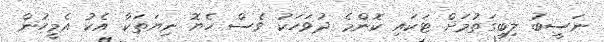
ނަސީބު ލިބިގަތުމަށް ޓަކައި ކޮންމެ ދުވަހަކު ވެސް ހެޔޮ ނިޔަތަކާ އެކު އެމީހުން